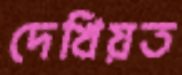
দেখিয়ত